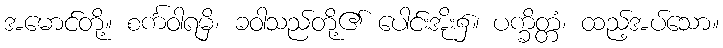
အမောင်တို့။ စင်္ကဝါရမှိ၊ ခဝါသည်တို့၏ ပေါင်းအိုး၌။ ပက္ခိတ္တံ၊ ထည့်အပ်သော။